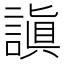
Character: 謓